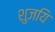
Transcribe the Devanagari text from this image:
शुजयि